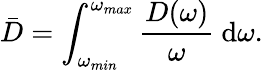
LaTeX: \bar{D}=\int_{\omega_{min}}^{\omega_{max}}\frac{D(\omega)}{\omega}~\mathrm{d}\omega.